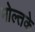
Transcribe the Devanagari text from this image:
मोल्तके